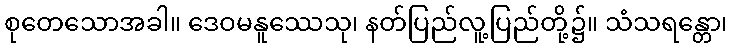
စုတေသောအခါ။ ဒေဝမနူဿေသု၊ နတ်ပြည်လူ့ပြည်တို့၌။ သံသရန္တော၊